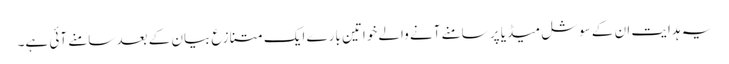
یہ ہدایت ان کے سوشل میڈیا پر سامنے آنے والے خواتین بارے ایک متنازع بیان کے بعد سامنے آئی ہے۔